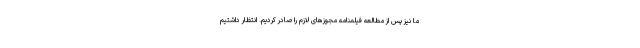
ما نیز پس از مطالعه فیلمنامه مجوزهای لازم را صادر کردیم. انتظار داشتیم